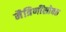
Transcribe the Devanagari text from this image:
मैत्रिणींसोबत